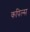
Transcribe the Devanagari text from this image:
कपिल्स